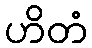
ဟိတံ